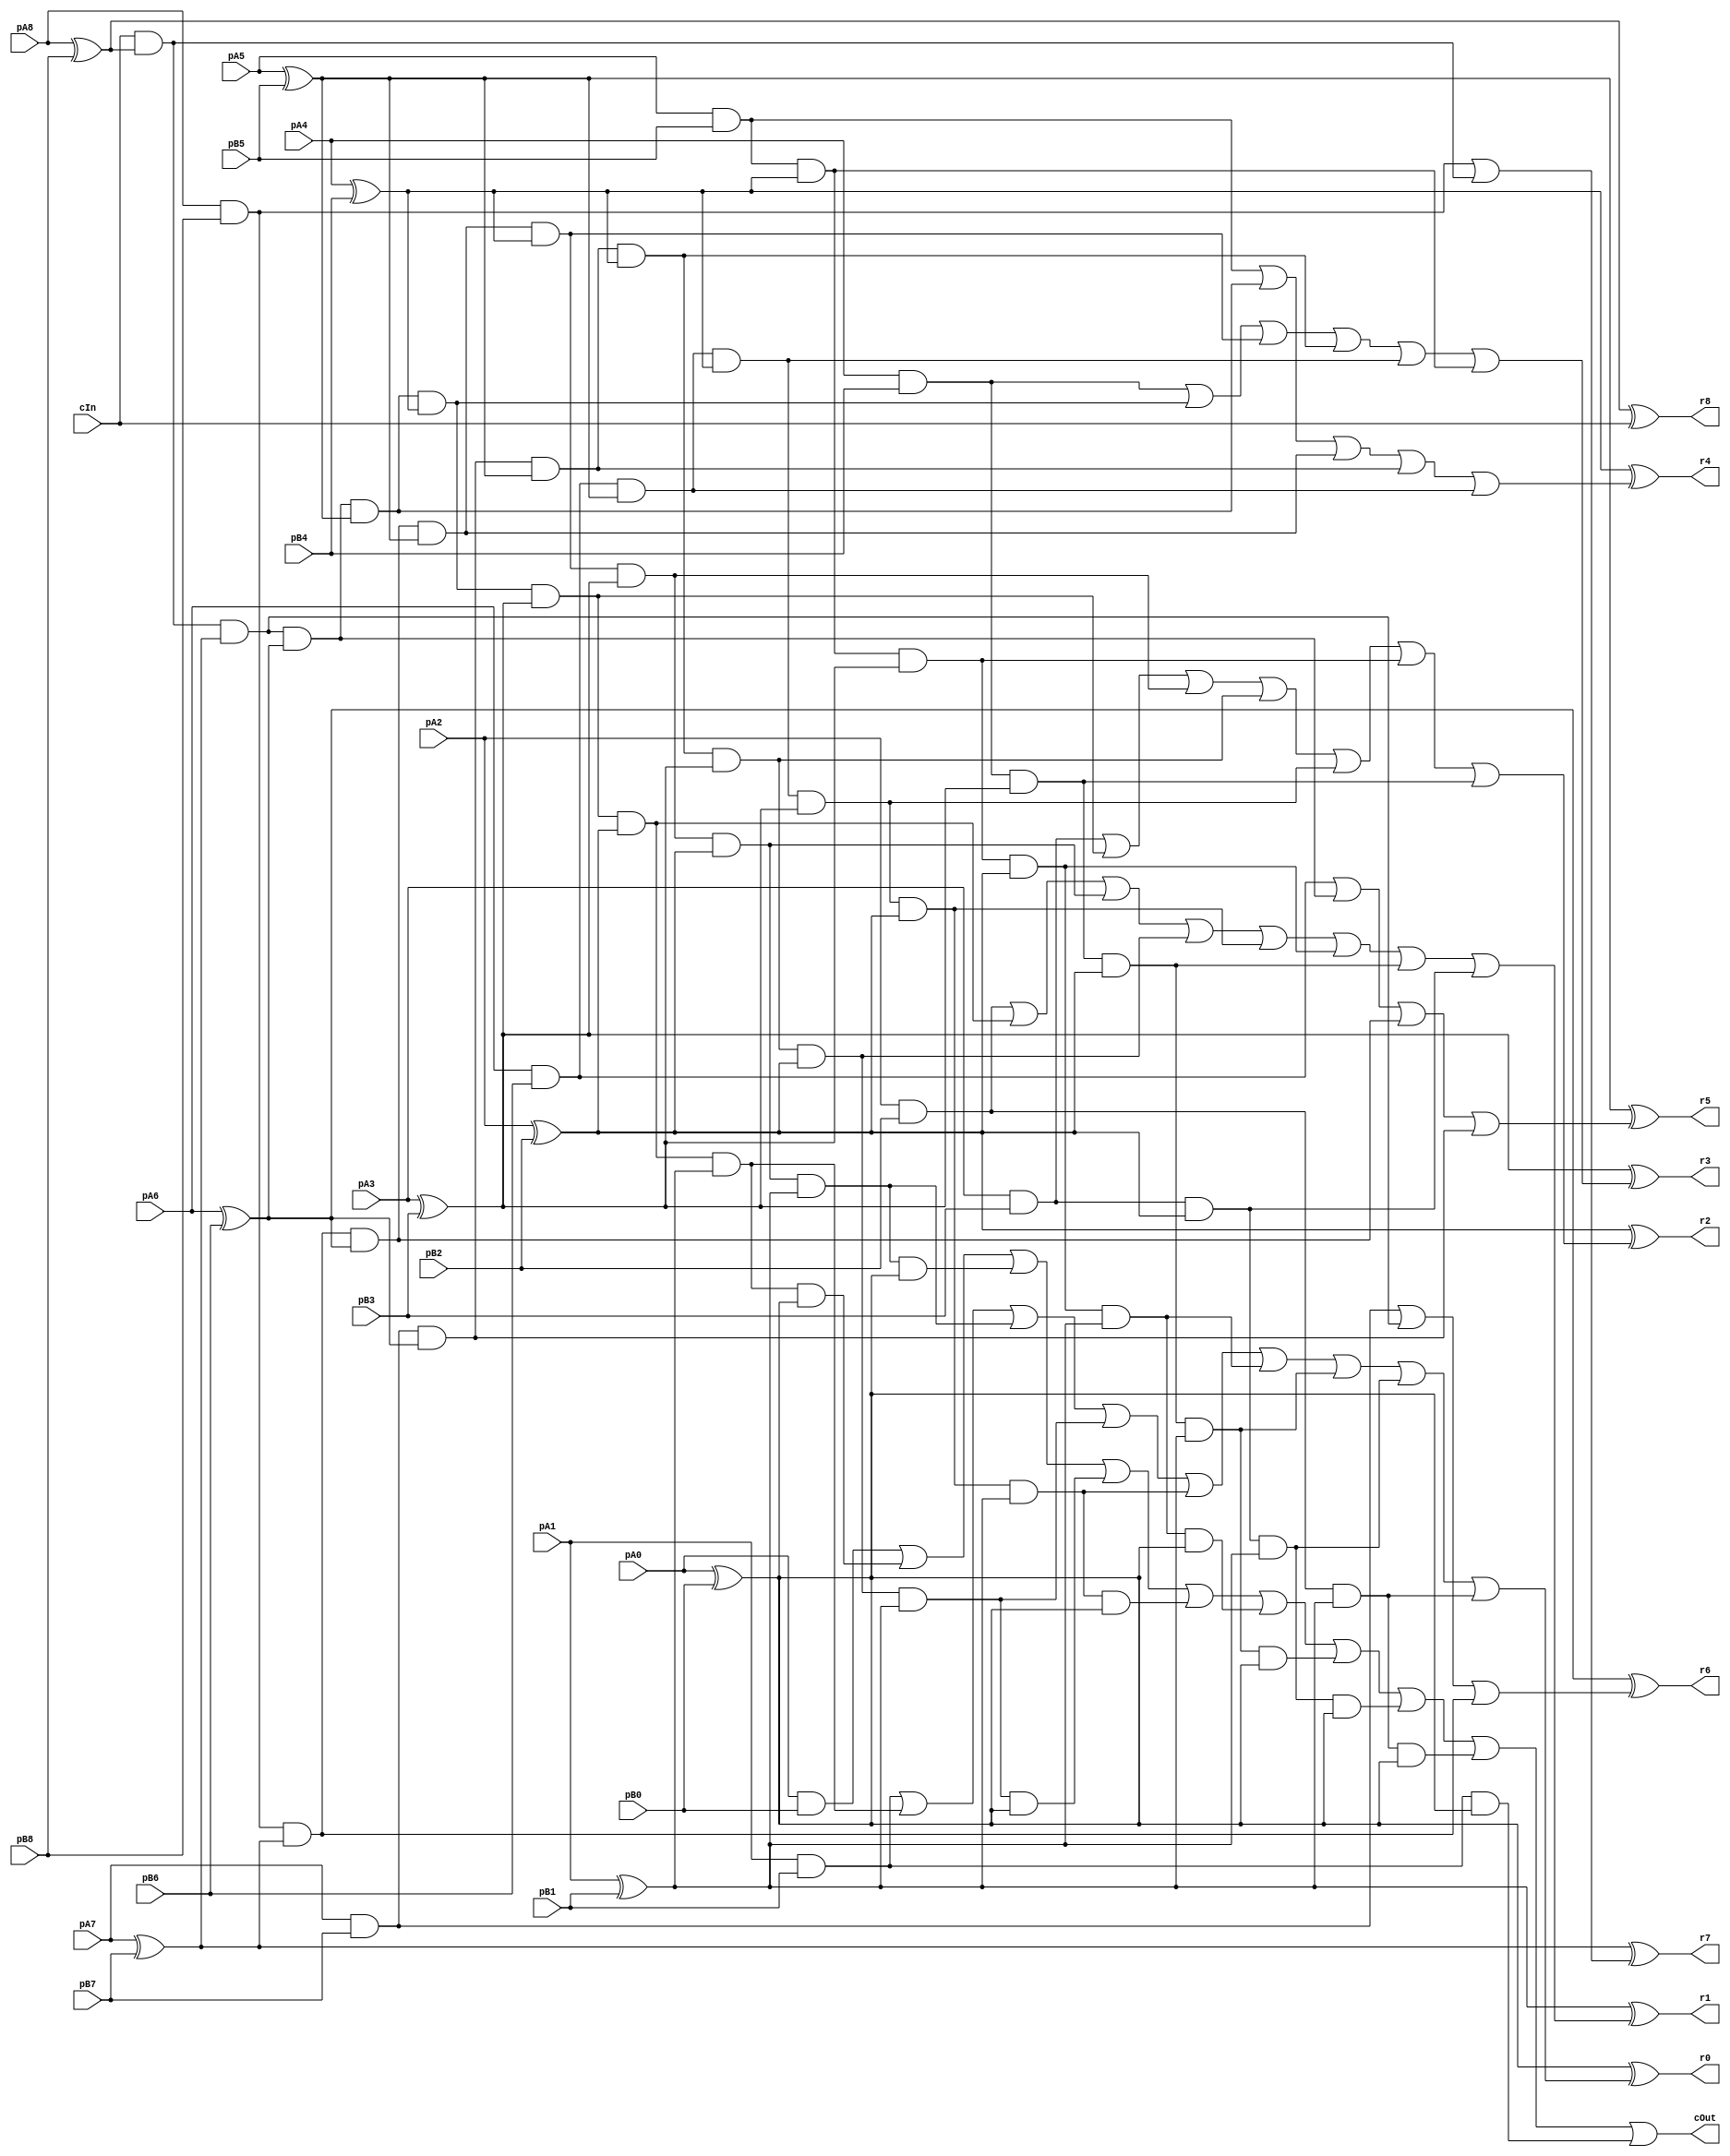
module CCarryLookahead_9_9_9_InOutT(pA8,pA7,pA6,pA5,pA4,pA3,pA2,pA1,pA0, pB8,pB7,pB6,pB5,pB4,pB3,pB2,pB1,pB0, r8,r7,r6,r5,r4,r3,r2,r1,r0, cIn, cOut);

input pA8,pA7,pA6,pA5,pA4,pA3,pA2,pA1,pA0, pB8,pB7,pB6,pB5,pB4,pB3,pB2,pB1,pB0, cIn;
output r8,r7,r6,r5,r4,r3,r2,r1,r0, cOut;
wire w1, w2, w3, w4, w5, w6, w7, w8, w9, w10, w11, w12, w13, w14, w15, w16, w17, w18, w19, w20, w21, w22, w23, w24, w25, w26, w27, w28, w29, w30, w31, w32, w33, w34, w35, w36, w37, w38, w39, w40, w41, w42, w43, w44, w45, w46, w47, w48, w49, w50, w51, w52, w53, w54, w55, w56, w57, w58, w59, w60, w61, w62, w63, w64, w65, w66, w67, w68, w69, w70, w71, w72, w73, w74, w75, w76, w77, w78, w79, w80, w81, w82, w83, w84, w85, w86, w87, w88, w89, w90, w91, w92, w93, w94, w95, w96, w97, w98, w99, w100, w101, w102, r4294967295;

assign w1 = pA8;
assign w2 = pA7;
assign w3 = pA6;
assign w4 = pA5;
assign w5 = pA4;
assign w6 = pA3;
assign w7 = pA2;
assign w8 = pA1;
assign w9 = pA0;
assign w10 = pB8;
assign w11 = pB7;
assign w12 = pB6;
assign w13 = pB5;
assign w14 = pB4;
assign w15 = pB3;
assign w16 = pB2;
assign w17 = pB1;
assign w18 = pB0;
assign r8 = w19;
assign r7 = w20;
assign r6 = w21;
assign r5 = w22;
assign r4 = w23;
assign r3 = w24;
assign r2 = w25;
assign r1 = w26;
assign r0 = w27;
assign r4294967295 = w28;
assign w29 = cIn;
assign cOut = w28;

assign w31 = w1 ^ w10;
assign w40 = w1 & w10;
assign w32 = w2 ^ w11;
assign w41 = w2 & w11;
assign w33 = w3 ^ w12;
assign w42 = w3 & w12;
assign w34 = w4 ^ w13;
assign w43 = w4 & w13;
assign w35 = w5 ^ w14;
assign w44 = w5 & w14;
assign w36 = w6 ^ w15;
assign w45 = w6 & w15;
assign w37 = w7 ^ w16;
assign w46 = w7 & w16;
assign w38 = w8 ^ w17;
assign w47 = w8 & w17;
assign w39 = w9 ^ w18;
assign w48 = w9 & w18;
assign w58 = w29 & w31;
assign w59 = w29 & w31 & w32;
assign w60 = w40 & w32;
assign w61 = w29 & w31 & w32 & w33;
assign w62 = w40 & w32 & w33;
assign w63 = w41 & w33;
assign w64 = w29 & w31 & w32 & w33 & w34;
assign w65 = w40 & w32 & w33 & w34;
assign w66 = w41 & w33 & w34;
assign w67 = w42 & w34;
assign w68 = w29 & w31 & w32 & w33 & w34 & w35;
assign w69 = w40 & w32 & w33 & w34 & w35;
assign w70 = w41 & w33 & w34 & w35;
assign w71 = w42 & w34 & w35;
assign w72 = w43 & w35;
assign w73 = w29 & w31 & w32 & w33 & w34 & w35 & w36;
assign w74 = w40 & w32 & w33 & w34 & w35 & w36;
assign w75 = w41 & w33 & w34 & w35 & w36;
assign w76 = w42 & w34 & w35 & w36;
assign w77 = w43 & w35 & w36;
assign w78 = w44 & w36;
assign w79 = w29 & w31 & w32 & w33 & w34 & w35 & w36 & w37;
assign w80 = w40 & w32 & w33 & w34 & w35 & w36 & w37;
assign w81 = w41 & w33 & w34 & w35 & w36 & w37;
assign w82 = w42 & w34 & w35 & w36 & w37;
assign w83 = w43 & w35 & w36 & w37;
assign w84 = w44 & w36 & w37;
assign w85 = w45 & w37;
assign w86 = w29 & w31 & w32 & w33 & w34 & w35 & w36 & w37 & w38;
assign w87 = w40 & w32 & w33 & w34 & w35 & w36 & w37 & w38;
assign w88 = w41 & w33 & w34 & w35 & w36 & w37 & w38;
assign w89 = w42 & w34 & w35 & w36 & w37 & w38;
assign w90 = w43 & w35 & w36 & w37 & w38;
assign w91 = w44 & w36 & w37 & w38;
assign w92 = w45 & w37 & w38;
assign w93 = w46 & w38;
assign w94 = w29 & w31 & w32 & w33 & w34 & w35 & w36 & w37 & w38 & w39;
assign w95 = w40 & w32 & w33 & w34 & w35 & w36 & w37 & w38 & w39;
assign w96 = w41 & w33 & w34 & w35 & w36 & w37 & w38 & w39;
assign w97 = w42 & w34 & w35 & w36 & w37 & w38 & w39;
assign w98 = w43 & w35 & w36 & w37 & w38 & w39;
assign w99 = w44 & w36 & w37 & w38 & w39;
assign w100 = w45 & w37 & w38 & w39;
assign w101 = w46 & w38 & w39;
assign w102 = w47 & w39;
assign w49 = w40 | w58;
assign w50 = w41 | w59 | w60;
assign w51 = w42 | w61 | w62 | w63;
assign w52 = w43 | w64 | w65 | w66 | w67;
assign w53 = w44 | w68 | w69 | w70 | w71 | w72;
assign w54 = w45 | w73 | w74 | w75 | w76 | w77 | w78;
assign w55 = w46 | w79 | w80 | w81 | w82 | w83 | w84 | w85;
assign w56 = w47 | w86 | w87 | w88 | w89 | w90 | w91 | w92 | w93;
assign w57 = w48 | w94 | w95 | w96 | w97 | w98 | w99 | w100 | w101 | w102;
assign w19 = w31 ^ w29;
assign w20 = w32 ^ w49;
assign w21 = w33 ^ w50;
assign w22 = w34 ^ w51;
assign w23 = w35 ^ w52;
assign w24 = w36 ^ w53;
assign w25 = w37 ^ w54;
assign w26 = w38 ^ w55;
assign w27 = w39 ^ w56;
assign w28 = w57;

endmodule